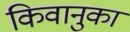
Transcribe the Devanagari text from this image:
किवानुका